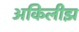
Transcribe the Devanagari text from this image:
अकिलीझ